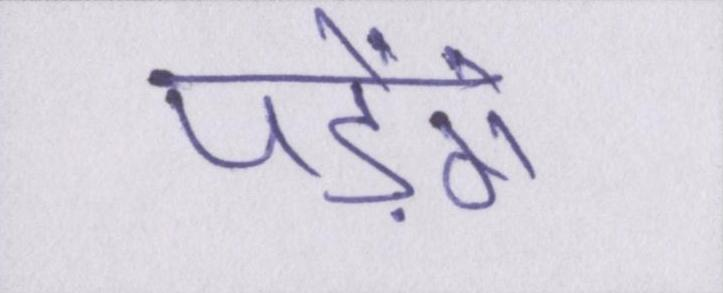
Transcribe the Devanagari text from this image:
पड़ेंगे।